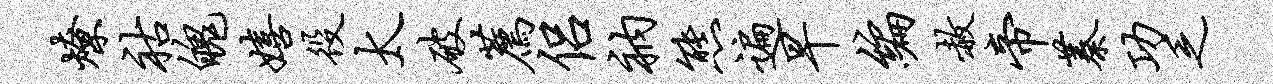
燎祜魄嬉役太破荐侣衲熊遍早编赦帝蓁功乏